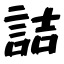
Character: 詰